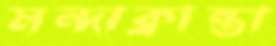
মন্দাক্রান্তা